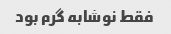
فقط نوشابه گرم بود